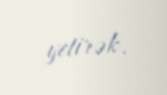
yetirək.